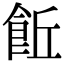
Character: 𩚨